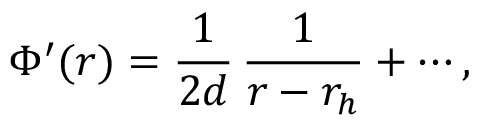
\Phi ^ { \prime } ( r ) = { \frac { 1 } { 2 d } } \, { \frac { 1 } { r - r _ { h } } } + \cdots ,